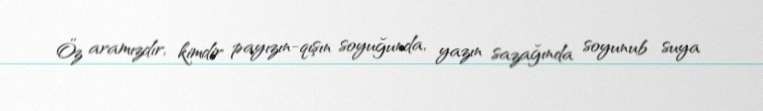
Öz aramızdır, kimdir payızın-qışın soyuğunda, yazın sazağında soyunub suya